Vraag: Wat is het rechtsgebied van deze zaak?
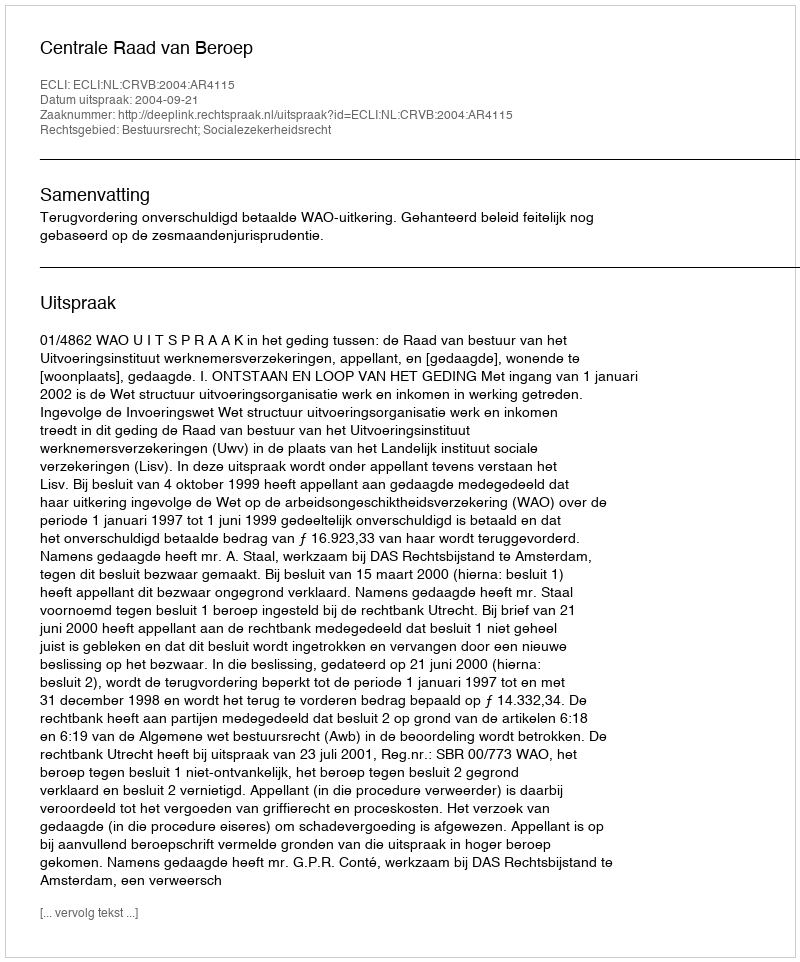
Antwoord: Bestuursrecht; Socialezekerheidsrecht